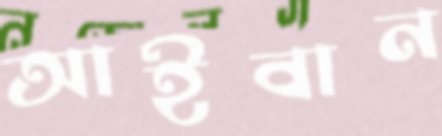
আইবান